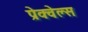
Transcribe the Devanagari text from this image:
प्रेक्वेल्स